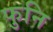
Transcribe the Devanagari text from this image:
फुनि